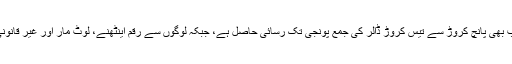
امریکی عہدیداروں کا اندازہ ہے کہ اس دہشت گرد تنظیم کو اب بھی پانچ کروڑ سے تیس کروڑ ڈالر کی جمع پونجی تک رسائی حاصل ہے، جبکہ لوگوں سے رقم اینٹھنے، لوٹ مار اور غیر قانونی تجارت کے ذریعہ مال جمع کرنے کا سلسلہ بھی جاری ہے۔